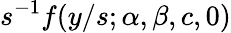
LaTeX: s^{-1}f(y/s;\alpha,\beta,c,0)